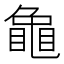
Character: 𮯟